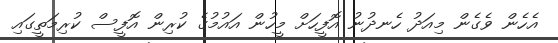
އެހެން ވެގެން މިއަދު ހެނދުނު އޮފީހަށް މީހުން އައުމުގެ ކުރިން އޮފީސް ކުރިމަތީގައި